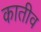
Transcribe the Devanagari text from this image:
कातीव